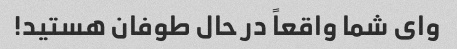
وای شما واقعاً در حال طوفان هستید!